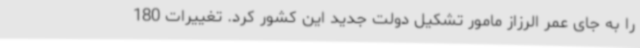
را به جای عمر الرزاز مامور تشکیل دولت جدید این کشور کرد. تغییرات 180